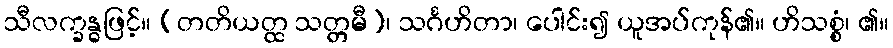
သီလက္ခန္ဓဖြင့်။ (တတိယတ္ထ သတ္တမီ)၊ သင်္ဂဟိတာ၊ ပေါင်း၍ ယူအပ်ကုန်၏။ ဟိသစ္စံ၊ ၏။